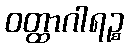
ဝတ္ထာဂါရဉ္စ